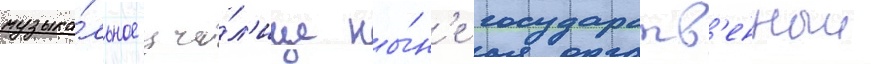
музыка́льное учи́л'ище ны́н'е государств'енныи